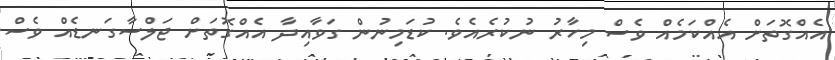
އެއްގޮތަށް އެއްކަމެއް ވެސް މިހާރު ނުކުރެއެވެ. ކުޑަމިނުން ގަވާއިދާ އެއްގޮތަށް ޖަލްސާގަނޑެއް ވެސް